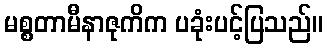
မစ္စတာမီနာဇုကိက ပခုံးပင့်ပြသည်။